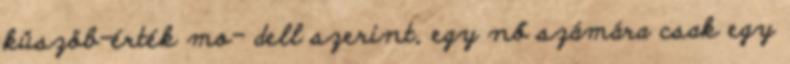
küszöb-érték mo- dell szerint, egy nő számára csak egy